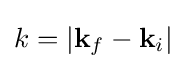
k=|\mathbf {k} _{f}-\mathbf {k} _{i}|